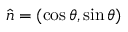
\boldsymbol { \hat { n } } = ( \cos { \theta } , \sin { \theta } )